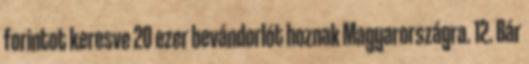
forintot keresve 20 ezer bevándorlót hoznak Magyarországra. 12. Bár